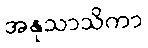
အနုသာသိကာ